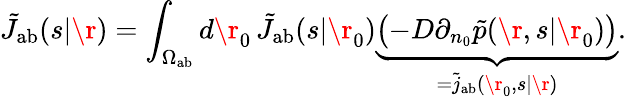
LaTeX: \tilde{J}_{\mathrm{{ab}}}(s|\r)=\int_{\Omega_{\mathrm{{ab}}}}d\r_{0}\, \tilde{J}_{\mathrm{{ab}}}(s|\r_{0})\underbrace{\bigl(-D\partial_{n_{0}}\tilde{p}(\r,s|\r_{0})\bigr)}_{=\tilde{j}_{\mathrm{{ab}}}(\r_{0},s|\r)}.